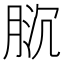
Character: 𱼌